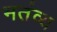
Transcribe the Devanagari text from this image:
मतंव्य